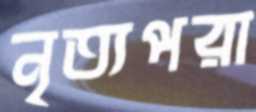
নৃত্যপরা